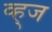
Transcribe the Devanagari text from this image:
व्ह्ज